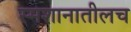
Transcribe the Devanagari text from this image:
स्मशानातीलच